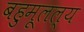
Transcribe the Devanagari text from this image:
बहुमूलल्य